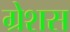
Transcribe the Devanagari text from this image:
ग्रेशस